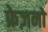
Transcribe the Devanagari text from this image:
फ्रेज़नो